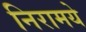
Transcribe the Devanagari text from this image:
निरामये